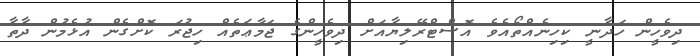
ދިވެހީން ހަދާނީ ކިހިނެއްތޯއެވެ އޮސްޓްރޭލިޔާއަށް ދިވެހީންގެ ޖަމާޢަތެއް ހިޖުރަ ކޮށްގެން އުޅެމުން ދާތާ